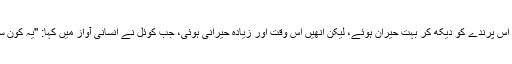
دونوں بھائی اس پرندے کو دیکھ کر بہت حیران ہوئے، لیکن انھیں اس وقت اور زیادہ حیرانی ہوئی، جب کوئل نے انسانی آواز میں کہا: "یہ کون سا موسم ہے؟